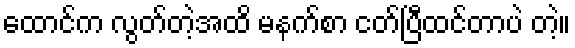
ထောင်က လွတ်တဲ့အထိ မနက်စာ ငတ်ပြီထင်တာပဲ တဲ့။